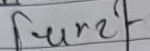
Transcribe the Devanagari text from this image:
सुरही